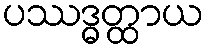
ပဿဒ္ဓတ္ထာယ